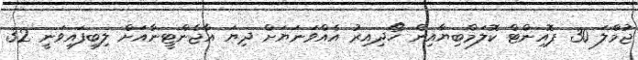
ޖުމްލަ 30 ޕޮއިންޓް ކޮލަމްބިޔާއިން ހޯދިއިރު އެއްވަނަޔަށް ދިޔަ އާޖެންޓީނާއަށް ލިބިފައިވަނީ 32